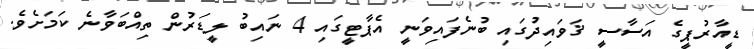
ޑީއާރުޕީގެ އަސާސީ ޤަވައިދުގައި ބުނެފައިވަނީ އެޕާޓީގައި 4 ނައިބު ލީޑަރުން ތިއްބަވާނެ ކަމަށެވެ.